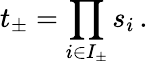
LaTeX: t_{\pm}=\prod_{i\in I_{\pm}}s_{i}\, .